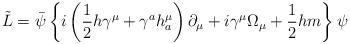
LaTeX: \begin{align*}\tilde L=\bar \psi \left\{ i\left( \frac 12h\gamma ^\mu +\gamma ^ah_a^\mu\right) \partial _\mu +i\gamma ^\mu \Omega _\mu +\frac 12hm\right\} \psi\end{align*}